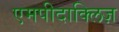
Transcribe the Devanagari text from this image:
एमपीदाक्लिज़